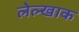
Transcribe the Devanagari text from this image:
लेल्खाक